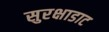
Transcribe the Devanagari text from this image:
सुरक्षाडाट